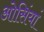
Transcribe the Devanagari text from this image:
ओसिंयां